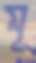
মূ